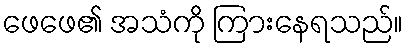
ဖေဖေ၏ အသံကို ကြားနေရသည်။